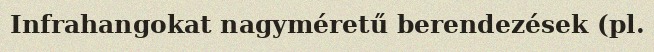
Infrahangokat nagyméretű berendezések (pl.